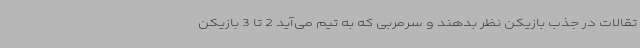
تقالات در جذب بازیکن نظر بدهند و سرمربی که به تیم می‌آید 2 تا 3 بازیکن